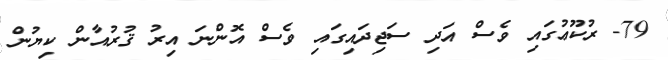
79- ރުކޫޢުގައި ވެސް އަދި ސަޖިދައިގައި ވެސް އޮންނަ އިރު ޤުރުއާން ކިޔުން